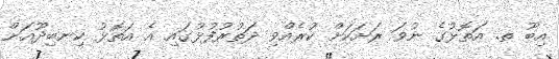
އިބޫ ތ. އަތޮޅުގެ ނުވަ ރަށަކަށް ކުރެއްވި ދަތުރުފުޅުގައި އެ އަތޮޅު ކިނބިދޫއަށް